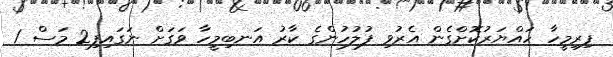
ފިރިމީހާ ހައްޔަރުކޮށްގެން އެރުވި ފުލުހުންގެ ކާރު އަނބިމީހާ ވަގަށް ނަގައިފި2 މަސް 1